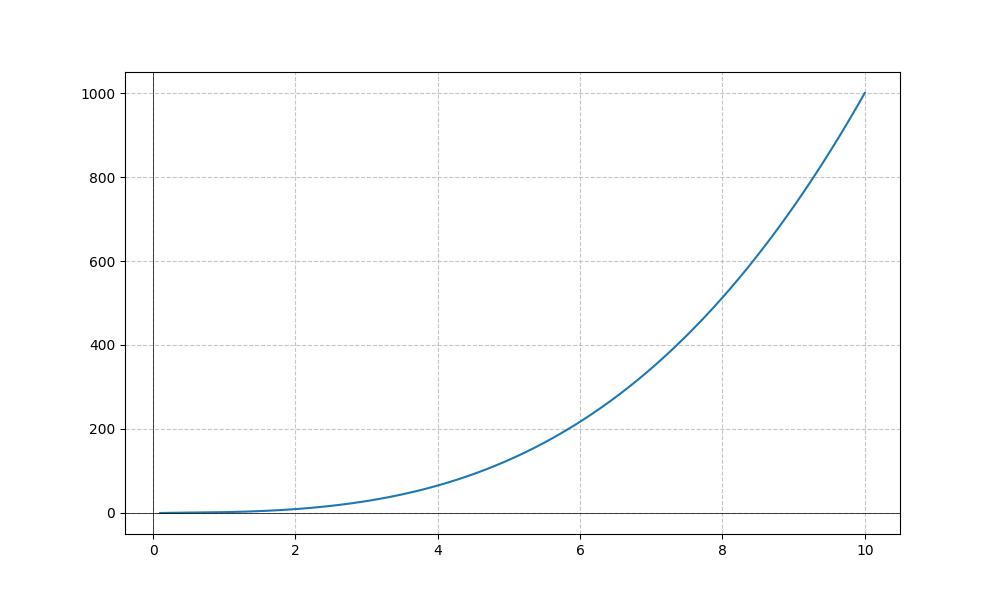
LaTeX formula: x^{3} + \frac{\log{\left(x \right)}}{\log{\left(10 \right)}}